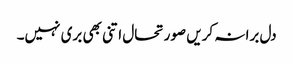
دل برا نہ کریں صورتحال اتنی بھی بری نہیں۔